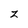
Character: z